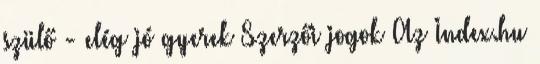
szülő - elég jó gyerek Szerzői jogok Az Index.hu